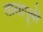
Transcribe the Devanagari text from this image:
तासापूर्वी